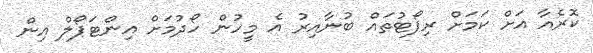
ކޮރެއާ އަށް ކަމަށް ރިޕޯޓުތައް ބުނާއިރު އެ މީހުން ހޯދުމަށް އިންޓަޕޯލް އިން